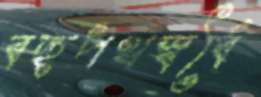
বহুপথস্বর্বৈ